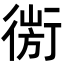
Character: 𢕅